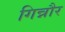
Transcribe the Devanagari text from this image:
गिन्नौर